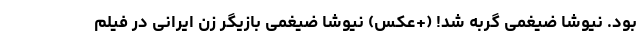
بود. نیوشا ضیغمی گربه شد! (+عکس) نیوشا ضیغمی بازیگر زن ایرانی در فیلم